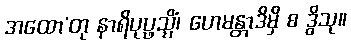
အထော’တု နာရိပုပ္ဖသ္မိံ၊ ဟေမန္တာဒိမှိ စ ဒွိသု။